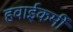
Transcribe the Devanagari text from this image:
हवाईकर्मी